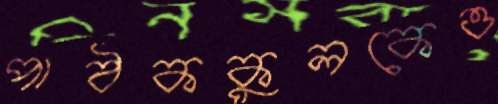
পাঠককুলকেও